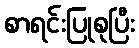
စာရင်းပြုစုပြီး